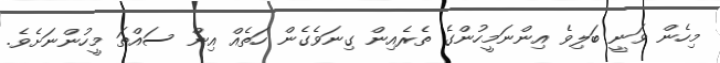
މިހެން ވަނީ ބަލިވެ އިންނަމީހުންގެ ތެރެއިން ގިނަވެގެން ހަތެއް އިން ސައްތަ މީހުންނަށެވެ.